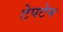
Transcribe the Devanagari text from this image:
टेपटेम